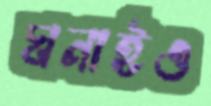
ঘনাইও